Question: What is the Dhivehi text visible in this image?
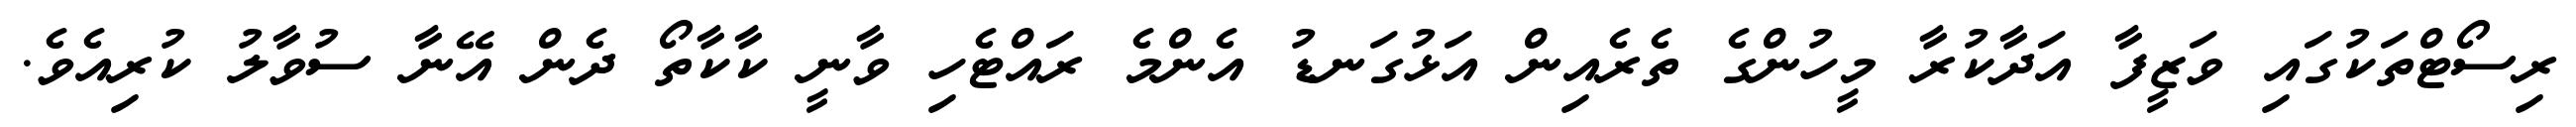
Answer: ރިސޯޓްތަކުގައި ވަޒީފާ އަދާކުރާ މީހުންގެ ތެރެއިން އަޅުގަނޑު އެންމެ ރައްޓެހި ވާނީ ކާކާތޯ ދެން އޭނާ ސުވާލު ކުރިއެވެ.